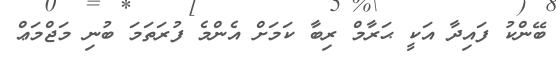
ބޭންކު ފައިދާ އަކީ ޙަރާމް ރިބާ ކަމަށް އެންމެ ފުރަތަމަ ބުނި މަޖްމަޢް